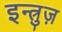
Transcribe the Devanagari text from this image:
इन्त्रुज़